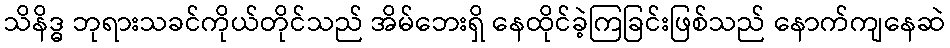
သိနိဒ္ဓ ဘုရားသခင်ကိုယ်တိုင်သည် အိမ်ဘေးရှိ နေထိုင်ခဲ့ကြခြင်းဖြစ်သည် နောက်ကျနေဆဲ